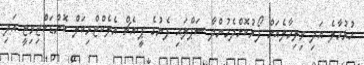
ހުޅުމާލެ އަދި ވިލިމާލެއަށް ފޯރުކޮށްދެމުންދާ ސަޕްލައި ފެނުގެ ޕީ.އެޗް އެލެކްޓްރިކަލް ކޮންޑަކްޓިވިޓީ އަދި